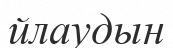
йлаудын